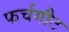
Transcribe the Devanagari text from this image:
फर्चगौट